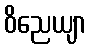
ဝိညေယျာ